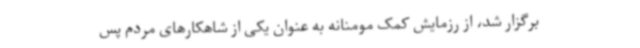
برگزار شد، از رزمایش کمک مومنانه به عنوان یکی از شاهکارهای مردم پس